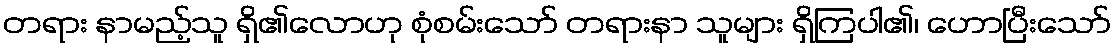
တရား နာမည့်သူ ရှိ၏လောဟု စုံစမ်းသော် တရားနာ သူများ ရှိကြပါ၏၊ ဟောပြီးသော်